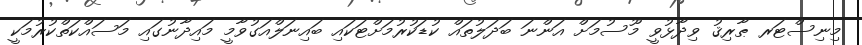
މިނިސްޓަރ ޠާރިޤު ވިދާޅުވީ މޫސުމަށް އަންނަ ބަދަލުތައް ކުޑަކުރުމަށްޓަކައި ބައިނަލްއަގުވާމީ މައިދާނުގައި މަސައްކަތްކުރުމަކީ